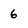
Character: 6